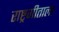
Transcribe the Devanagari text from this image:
राष्ट्रगीताला